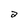
Character: a